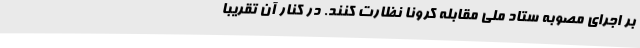
بر اجرای مصوبه ستاد ملی مقابله کرونا نظارت کنند. در کنار آن تقریبا